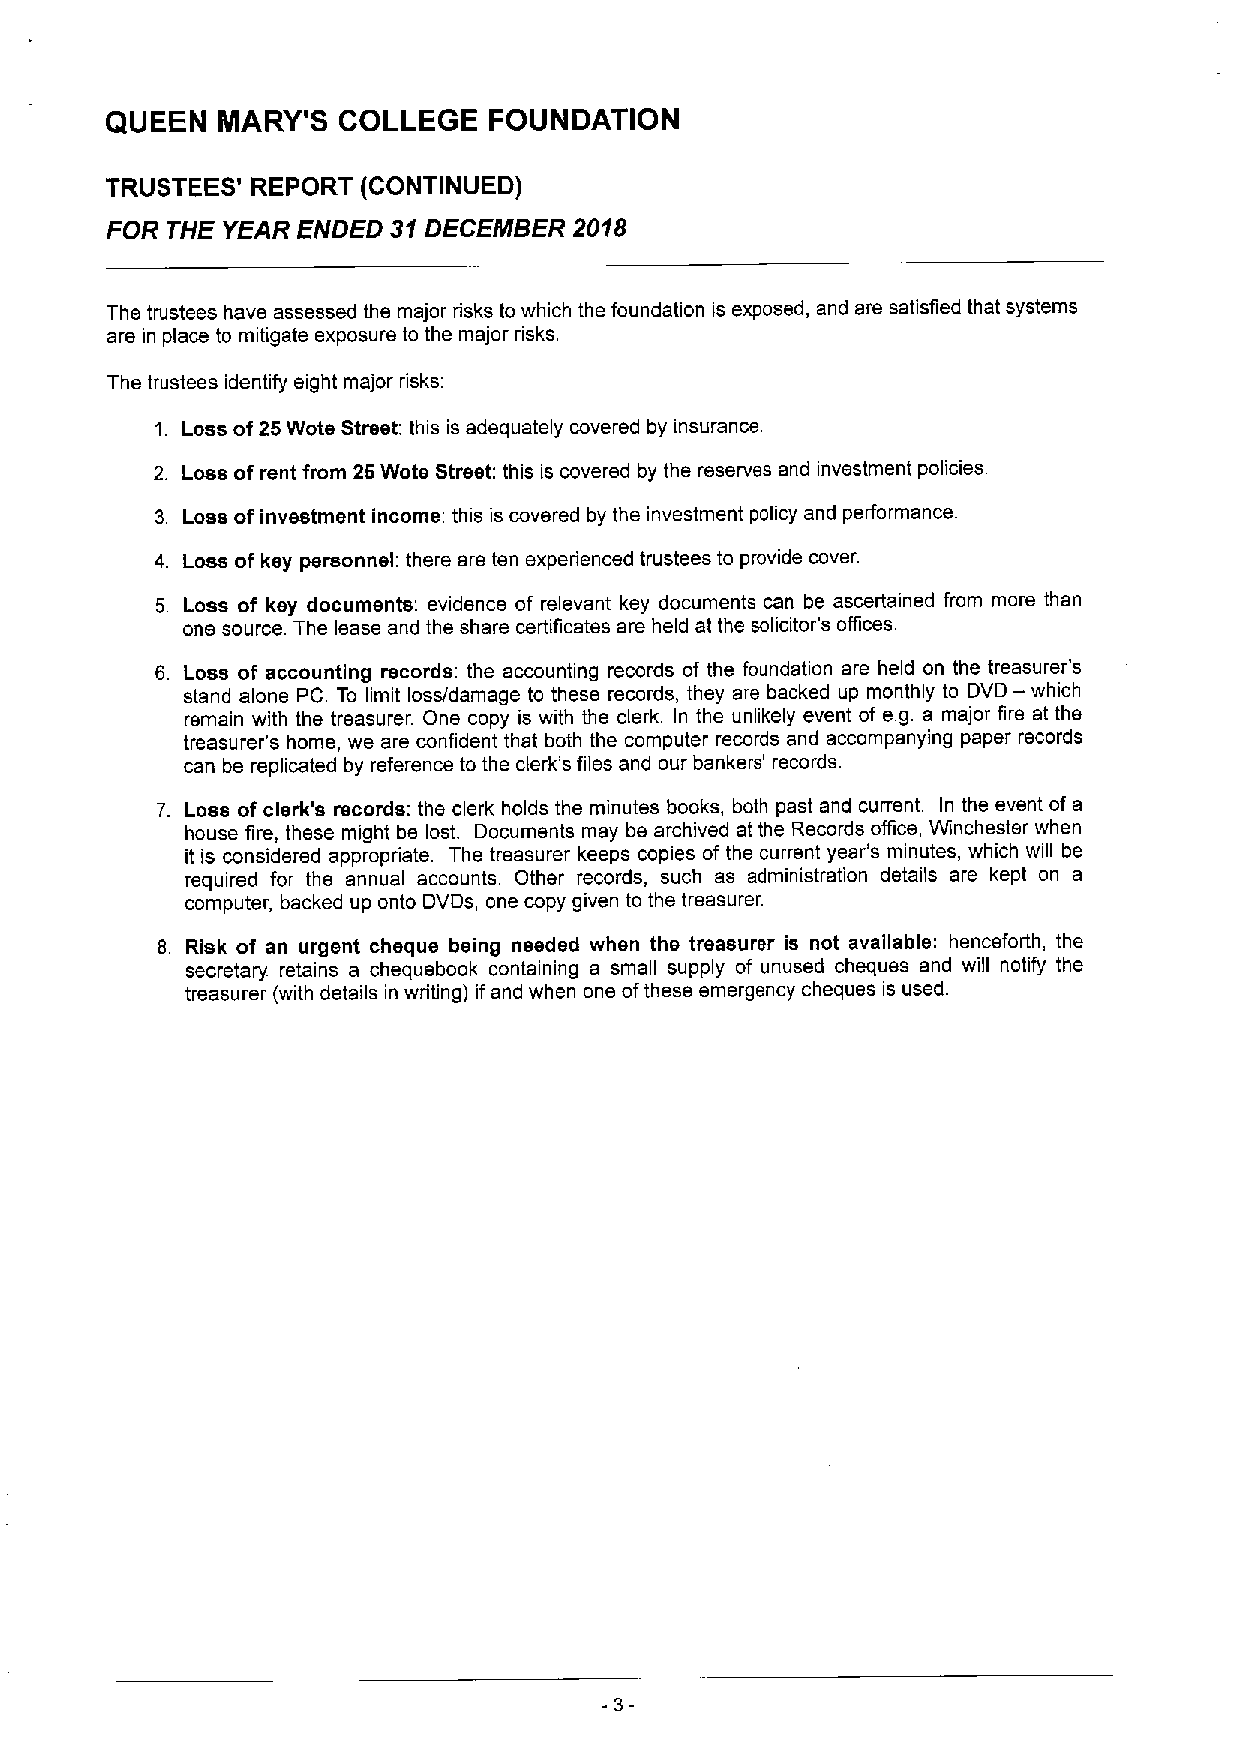
QUEEN  MARY'S  COLLEGE   FOUNDATION
 TRUSTEES' REPORT (CONTINUED)
 FOR THE YEAR ENDED 31DECEMBER  2018
 The trustees have assessed the major risks to which the foundation is exposed, and are satisfied that systems
 are in place to mitigate exposure to the major risks.
 The trustees identify eight major risks:
 1. Loss of25Wote Street: this is adequately covered by insurance.
 2. Loss of rent from 25Wote Street: this is covered by the reserves and investment policies.
 3. Loss of investment income: this is covered by the investment policy and performance.
 4. Loss of key personnel: there are ten experienced trustees to provide cover.
 5. Loss of key documents: evidence of relevant key documents can be ascertained from more than
 one source The lease and the share certificates are held at the solicitor's offices.
 6. Loss of accounting records: the accounting records of the foundation are held on the treasurer's
 —
 stand alone PC. To limit loss/damage to these records, they are backed up monthly to DVD which
 remain with the treasurer. One copy is with the clerk. In the unlikely event of e.g. a major fire at the
 treasurer's home, we are confident that both the computer records and accompanying paper records
 can be replicated by reference to the clerk's files and our bankers' records.
 7. Loss of clerk's records: the clerk holds the minutes books, both past and current. In the event of a
 house fire, these might be lost. Documents may be archived at the Records office, Winchester when
 it is considered appropriate. The treasurer keeps copies of the current year's minutes, which will be
 required for the annual accounts Other records, such as administration details are kept on a
 computer, backed up onto DVDs, one copy given to the treasurer.
 8. Risk of an urgent cheque being needed when the treasurer is not available: henceforth, the
 secretary retains a chequebook containing a small supply of unused cheques and will notify the
 treasurer (with details in writing) ifand when one ofthese emergency cheques is used.